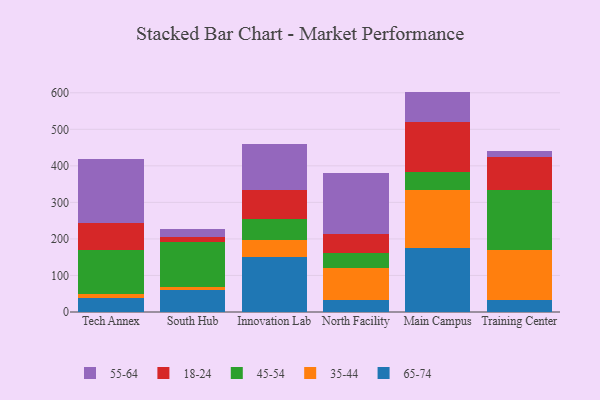
{"axis": {"x": "Campus", "y": "Backlog"}, "legend": ["18-24", "35-44", "45-54", "55-64", "65-74"], "data": [{"x": "Tech Annex", "y": 38.6, "type": "65-74"}, {"x": "Tech Annex", "y": 10.0, "type": "35-44"}, {"x": "Tech Annex", "y": 122.2, "type": "45-54"}, {"x": "Tech Annex", "y": 73.5, "type": "18-24"}, {"x": "Tech Annex", "y": 175.5, "type": "55-64"}, {"x": "South Hub", "y": 60.0, "type": "65-74"}, {"x": "South Hub", "y": 7.9, "type": "35-44"}, {"x": "South Hub", "y": 124.9, "type": "45-54"}, {"x": "South Hub", "y": 11.3, "type": "18-24"}, {"x": "South Hub", "y": 22.4, "type": "55-64"}, {"x": "Innovation Lab", "y": 151.4, "type": "65-74"}, {"x": "Innovation Lab", "y": 45.0, "type": "35-44"}, {"x": "Innovation Lab", "y": 57.6, "type": "45-54"}, {"x": "Innovation Lab", "y": 80.3, "type": "18-24"}, {"x": "Innovation Lab", "y": 126.5, "type": "55-64"}, {"x": "North Facility", "y": 32.6, "type": "65-74"}, {"x": "North Facility", "y": 88.3, "type": "35-44"}, {"x": "North Facility", "y": 40.7, "type": "45-54"}, {"x": "North Facility", "y": 51.4, "type": "18-24"}, {"x": "North Facility", "y": 166.7, "type": "55-64"}, {"x": "Main Campus", "y": 176.0, "type": "65-74"}, {"x": "Main Campus", "y": 157.1, "type": "35-44"}, {"x": "Main Campus", "y": 50.6, "type": "45-54"}, {"x": "Main Campus", "y": 137.3, "type": "18-24"}, {"x": "Main Campus", "y": 82.2, "type": "55-64"}, {"x": "Training Center", "y": 31.6, "type": "65-74"}, {"x": "Training Center", "y": 137.6, "type": "35-44"}, {"x": "Training Center", "y": 164.4, "type": "45-54"}, {"x": "Training Center", "y": 89.4, "type": "18-24"}, {"x": "Training Center", "y": 17.3, "type": "55-64"}]}